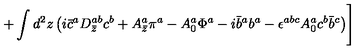
+ \int d ^ { 2 } z \left( i \bar { c } ^ { a } D _ { \bar { z } } ^ { a b } c ^ { b } + A _ { \bar { z } } ^ { a } \pi ^ { a } - A _ { 0 } ^ { a } \Phi ^ { a } - i \bar { b } ^ { a } b ^ { a } - \epsilon ^ { a b c } A _ { 0 } ^ { a } c ^ { b } \bar { b } ^ { c } \right) \Biggr ]